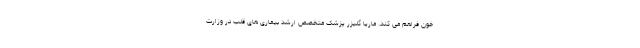
خون فراهم می کند. ماریا گلیزر پزشک متخصص ارشد بیماری های قلب در وزارت